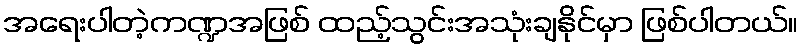
အရေးပါတဲ့ကဏ္ဍအဖြစ် ထည့်သွင်းအသုံးချနိုင်မှာ ဖြစ်ပါတယ်။